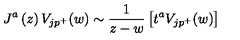
J ^ { a } \left( z \right) V _ { j p ^ { + } } ( w ) \sim \frac 1 { z - w } \left[ t ^ { a } V _ { j p ^ { + } } ( w ) \right]